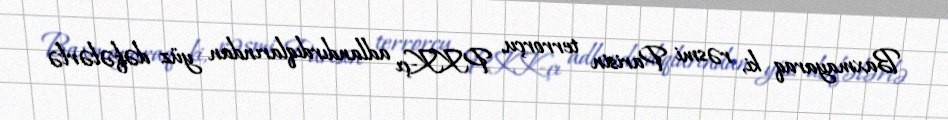
Baxmayaraq ki, rəsmi Parisin terrorçu, PKK-çı adlandırdıqlarından yüz dəfələrlə